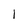
Character: 1